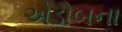
એડોબના